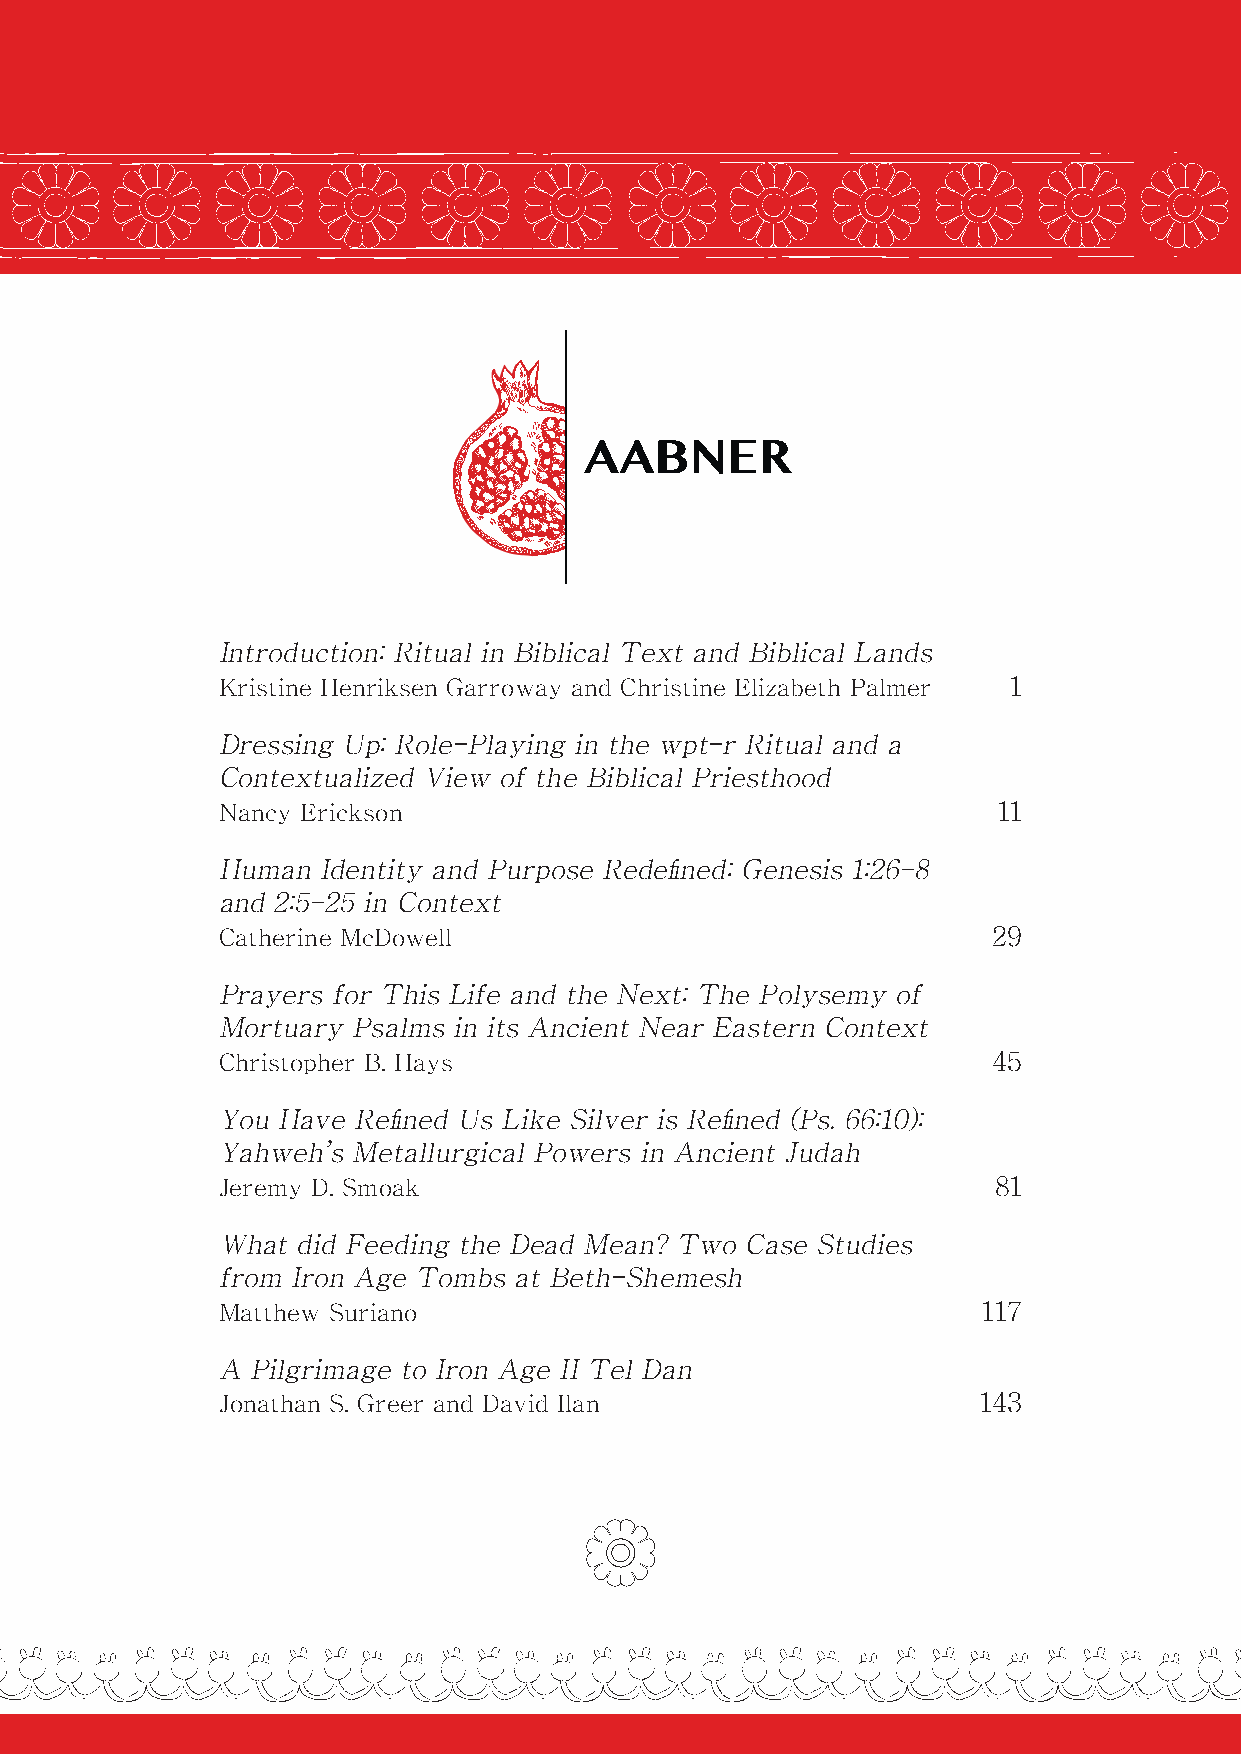
Introduction: Ritual in Biblical Text and Biblical Lands
 Kristine Henriksen Garroway and Christine Elizabeth Palmer 1
 Dressing Up: Role-Playing in the wpt-r Ritual and a
 Contextualized View of the Biblical Priesthood
 Nancy Erickson                                      11
 Human  Identity and Purpose Redefined: Genesis 1:26–8
 and 2:5–25 in Context
 Catherine McDowell                                  29
 Prayers for This Life and the Next: The Polysemy of
 Mortuary Psalms in its Ancient Near Eastern Context
 Christopher B. Hays                                 45
 You Have Refined Us Like Silver is Refined (Ps. 66:10):
 Yahweh’s Metallurgical Powers in Ancient Judah
 Jeremy D. Smoak                                     81
 What  did Feeding the Dead Mean? Two Case Studies
 from Iron Age Tombs at Beth-Shemesh
 Matthew Suriano                                    117
 A Pilgrimage to Iron Age II Tel Dan
 Jonathan S. Greer and David Ilan                   143